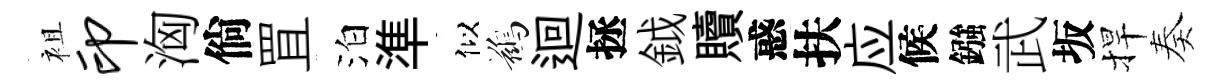
袓印洶倘罝泊準似鷀迴拯鉞贖惑扶应候鏹武坂捍奏